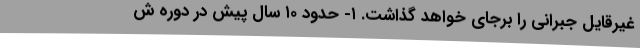
غیرقایل جبرانی را برجای خواهد گذاشت. ۱- حدود ۱۰ سال پیش در دوره ش